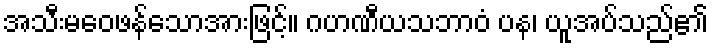
အသီးမဝေဖန်သောအားဖြင့်။ ဂဟဏီယသဘာဝံ ပန၊ ယူအပ်သည်၏